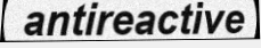
antireactive